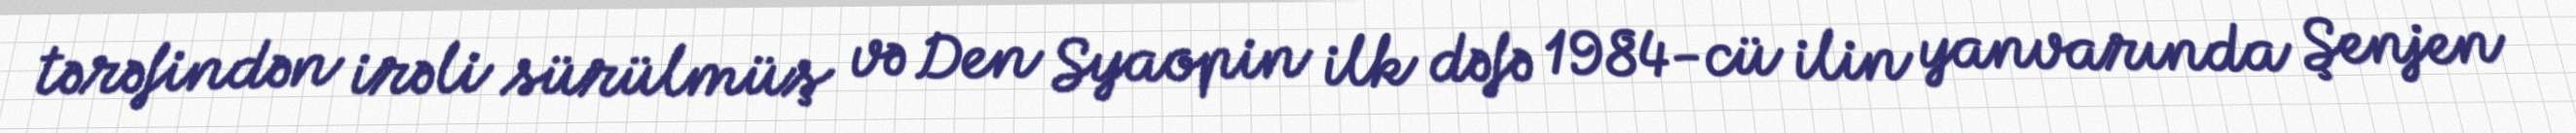
tərəfindən irəli sürülmüş və Den Syaopin ilk dəfə 1984-cü ilin yanvarında Şenjen